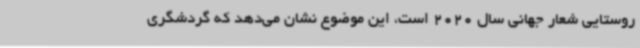
روستایی شعار جهانی سال 2020 است، این موضوع نشان می‌دهد که گردشگری